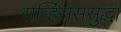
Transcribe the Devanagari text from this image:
सर्व्हिसेससुद्धा